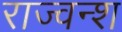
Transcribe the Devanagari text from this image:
राज्वन्श